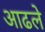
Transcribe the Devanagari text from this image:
आढले